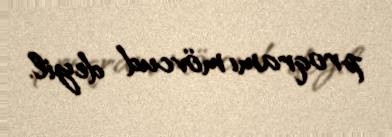
proqramı mövcud deyil.